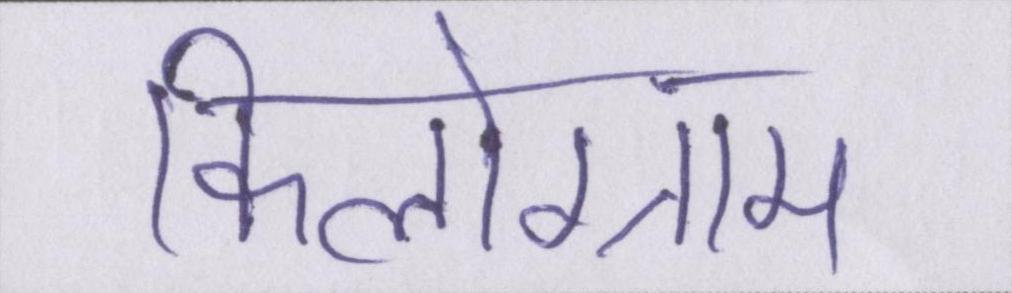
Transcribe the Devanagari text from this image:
किलोग्राम